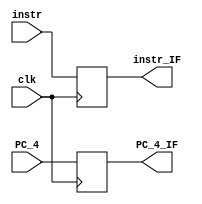
module IF_ID_flipflop(input [31:0]PC_4,input [31:0]instr,input clk,output reg[31:0]instr_IF,PC_4_IF);
always@(posedge clk)begin
	instr_IF=instr;
	PC_4_IF=PC_4;
end
endmodule